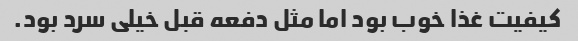
کیفیت غذا خوب بود اما مثل دفعه قبل خیلی سرد بود.